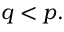
q < p .